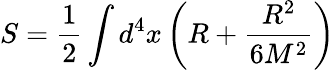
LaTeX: S={\frac{1}{2}}\int d^{4}x\left(R+{\frac{R^{2}}{6M^{2}}}\right)